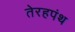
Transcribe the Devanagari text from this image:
तेरहपंथ